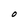
Character: O